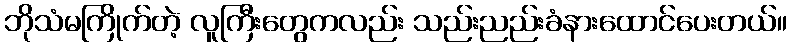
ဘိုသံမကြိုက်တဲ့ လူကြီးတွေကလည်း သည်းညည်းခံနားထောင်ပေးတယ်။